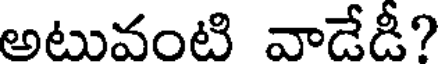
అటువంటి వాడేడీ?